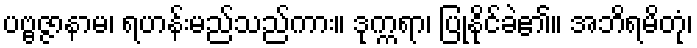
ပဗ္ဗဇ္ဇာနာမ၊ ရဟန်းမည်သည်ကား။ ဒုက္ကရာ၊ ပြုနိုင်ခဲ၏။ အဘိရမိတုံ၊